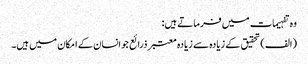
وہ تفہیمات میں فرماتے ہیں:
(الف) تحقیق کے زیادہ سے زیادہ معتبر ذرائع جو انسان کے امکان میں ہیں۔